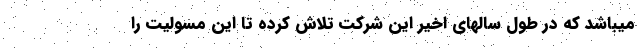
میباشد که در طول سالهای اخیر این شرکت تلاش کرده تا این مسٔولیت را